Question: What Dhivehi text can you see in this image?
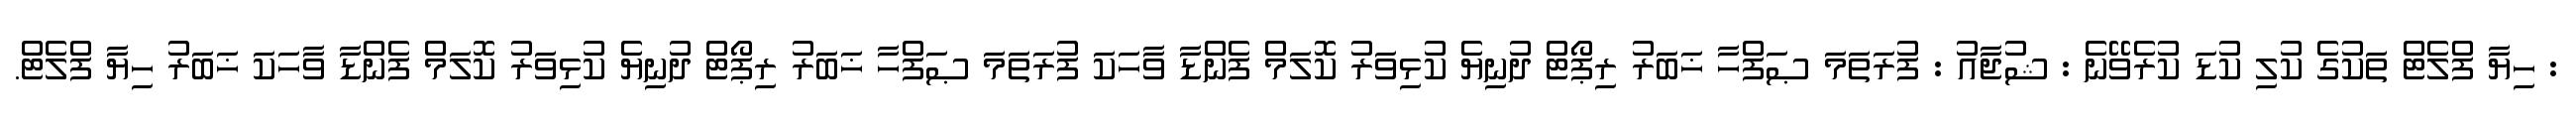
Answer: : ހިޔާ ފްލެޓް ތަކުގެ ކުލި ކުޑަ ކުރެވޭނެ : ޝުޖާއު : ފުރަތަމަ ޞަފްހާ ޚަބަރު ރިޕޯޓް ދުނިޔެ ކުޅިވަރު ކޮލަމް ފެންޑާ ވާހަކަ ފުރަތަމަ ޞަފްހާ ޚަބަރު ރިޕޯޓް ދުނިޔެ ކުޅިވަރު ކޮލަމް ފެންޑާ ވާހަކަ ޚަބަރު ހިޔާ ފްލެޓް.